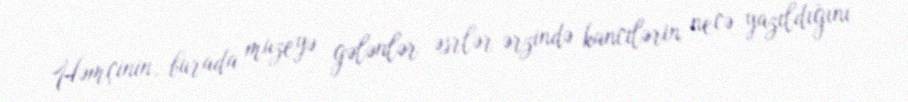
Həmçinin, burada muzeyə gələnlər əsrlər ərzində kancilərin necə yazıldığını